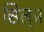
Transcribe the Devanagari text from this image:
सिल्‌अ